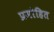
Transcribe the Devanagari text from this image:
प्रमोहित